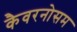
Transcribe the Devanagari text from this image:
कैवरनोसम